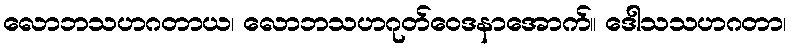
လောဘသဟဂတာယ၊ လောဘသဟဂုတ်ဝေဒနာအောက်။ ဒေါသသဟဂတာ၊